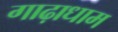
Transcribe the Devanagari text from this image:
गाढ़ाधाम